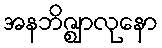
အနဘိဇ္ဈာလုနော